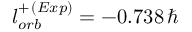
l _ { o r b } ^ { + \, ( E x p ) } = - 0 . 7 3 8 \, \hbar